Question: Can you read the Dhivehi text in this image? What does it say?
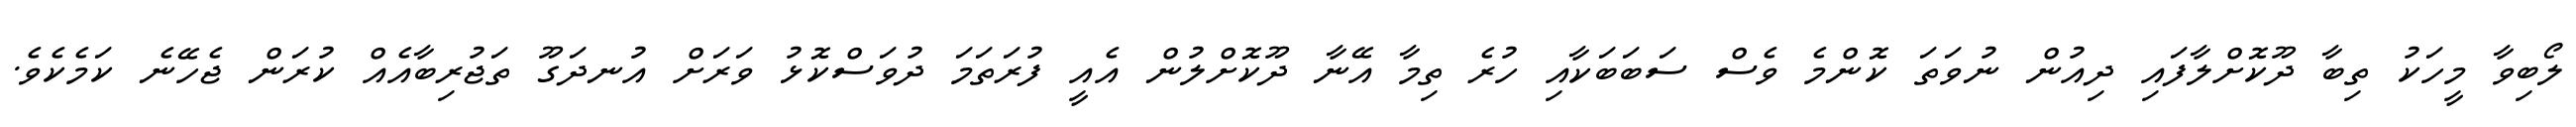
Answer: ލޯބިވާ މީހަކު ތިބާ ދޫކޮށްލާފައި ދިއުން ނުވަތަ ކޮންމެ ވެސް ސަބަބަކާއި ހުރެ ތިމާ އޭނާ ދޫކޮށްލުން އެއީ ފުރަތަމަ ދުވަސްކޮޅު ވަރަށް އުނދަގޫ ތަޖުރިބާއެއް ކުރަން ޖެހޭނެ ކަމެކެވެ.